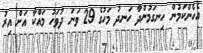
އެހެންކަމުން ހިނގަމުންދާ ހަނދު މަހުގެ 29 ވަނަ ދުވަހު މައްކާ އަށް އިރު